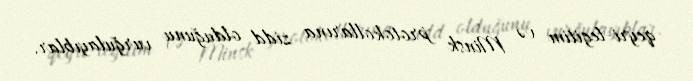
qeyri-legitim və Minsk protokollarına zidd olduğunu vurğulayıblar.